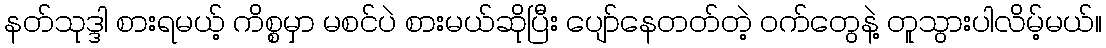
နတ်သုဒ္ဒါ စားရမယ့် ကိစ္စမှာ မစင်ပဲ စားမယ်ဆိုပြီး ပျော်နေတတ်တဲ့ ဝက်တွေနဲ့ တူသွားပါလိမ့်မယ်။